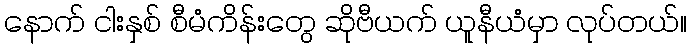
နောက် ငါးနှစ် စီမံကိန်းတွေ ဆိုဗီယက် ယူနီယံမှာ လုပ်တယ်။